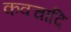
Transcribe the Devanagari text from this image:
कवचादि